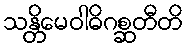
သန္တိမေဝါဓိဂစ္ဆတီတိ